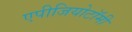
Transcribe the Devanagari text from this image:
एपीजियोटॉमी